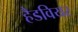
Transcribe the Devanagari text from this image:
हैडवियर